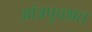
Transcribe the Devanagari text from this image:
आंत्रपुच्छात